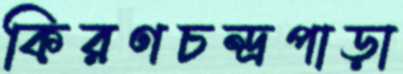
কিরণচন্দ্রপাড়া